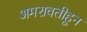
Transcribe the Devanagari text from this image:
अमरावतीहून